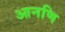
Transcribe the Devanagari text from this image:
आनणि